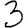
Digit: 3